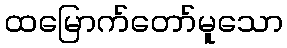
ထမြောက်တော်မူသော